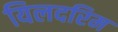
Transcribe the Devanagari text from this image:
यिलदरिम